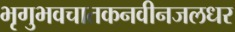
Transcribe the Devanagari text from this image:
भृगुभवचातकनवीनजलधर